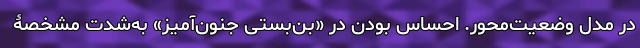
در مدل وضعیت‌محور. احساسِ بودن در «بن‌بستی جنون‌آمیز» به‌شدت مشخصۀ